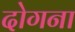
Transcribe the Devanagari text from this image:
दोगना